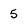
Character: 5